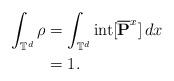
LaTeX: \begin{align*} \int_{\mathbb{T}^{d}} \rho &= \int_{\mathbb{T}^{d}} {\rm int}[ \overline{\mathbf{P}}^{x}] \, dx\\ &=1. \end{align*}